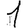
Digit: 1